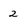
Character: 2